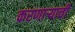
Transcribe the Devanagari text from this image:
करणार्‍याची